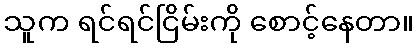
သူက ရင်ရင်ငြိမ်းကို စောင့်နေတာ။